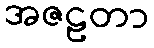
အဇဠတာ